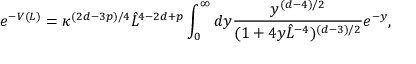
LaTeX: e ^ { - V ( L ) } = \kappa ^ { ( 2 d - 3 p ) / 4 } \hat { L } ^ { 4 - 2 d + p } \int _ { 0 } ^ { \infty } d y { \frac { y ^ { ( d - 4 ) / 2 } } { ( 1 + 4 y \hat { L } ^ { - 4 } ) ^ { ( d - 3 ) / 2 } } } e ^ { - y } ,